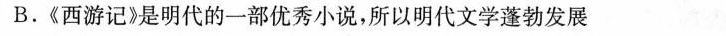
B.《西游记》是明代的一部优秀小说，所以明代文学蓬勃发展